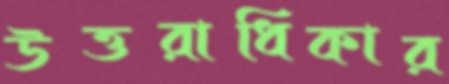
উত্তরাধিকার